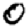
Digit: 0